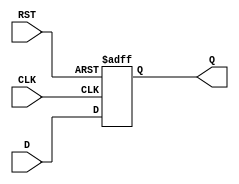
module intermediate_register #(
    parameter WIDTH = 8  // Parameter to define the width of the register (default is 8 bits)
)(
    input wire [WIDTH-1:0] D,   // Data input
    input wire CLK,              // Clock input
    input wire RST,              // Reset input
    output reg [WIDTH-1:0] Q     // Data output
);

// Asynchronous reset and synchronous data capture
always @(posedge CLK or posedge RST) begin
    if (RST) begin
        Q <= {WIDTH{1'b0}}; // Reset output to zero (or any predefined value)
    end else begin
        Q <= D; // Capture the input data on the rising edge of the clock
    end
end

endmodule